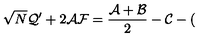
\sqrt { N } { \cal Q } ^ { \prime } + 2 { \cal A F } = \frac { { \cal A } + { \cal B } } { 2 } - { \cal C } - (